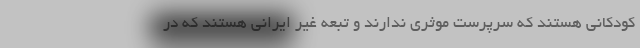
کودکانی هستند که سرپرست موثری ندارند و تبعه غیر ایرانی هستند که در